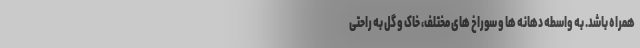
همراه باشد. به واسطه دهانه ها و سوراخ های مختلف، خاک و گل به راحتی